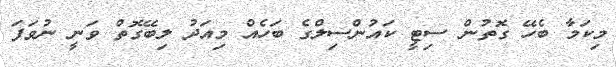
މިކަމާ ބެހޭ ގޮތުން ސިޓީ ކައުންސިލްގެ ބަހެއް މިއަދު ލިބޭގޮތް ވަނީ ނުވަފަ